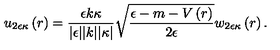
u _ { 2 \epsilon \kappa } \left( r \right) = \frac { \epsilon k \kappa } { \vert \epsilon \vert \vert k \vert \vert \kappa \vert } \sqrt { \frac { \epsilon - m - V \left( r \right) } { 2 \epsilon } } w _ { 2 \epsilon \kappa } \left( r \right) .